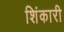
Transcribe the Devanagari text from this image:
शिंकारी